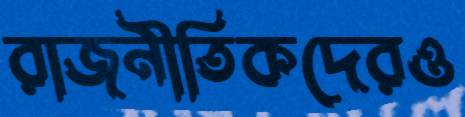
রাজনীতিকদেরও